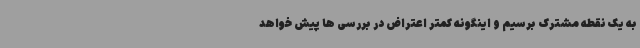
به یک نقطه مشترک برسیم و اینگونه کمتر اعتراض در بررسی ها پیش خواهد